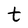
Character: t